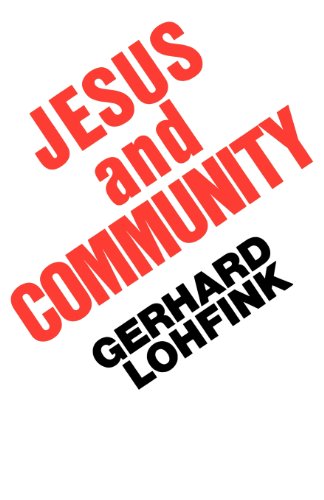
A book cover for Jesus and Community; Gerhard Lohfink; Christian Books & Bibles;